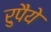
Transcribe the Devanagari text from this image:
रुपैये